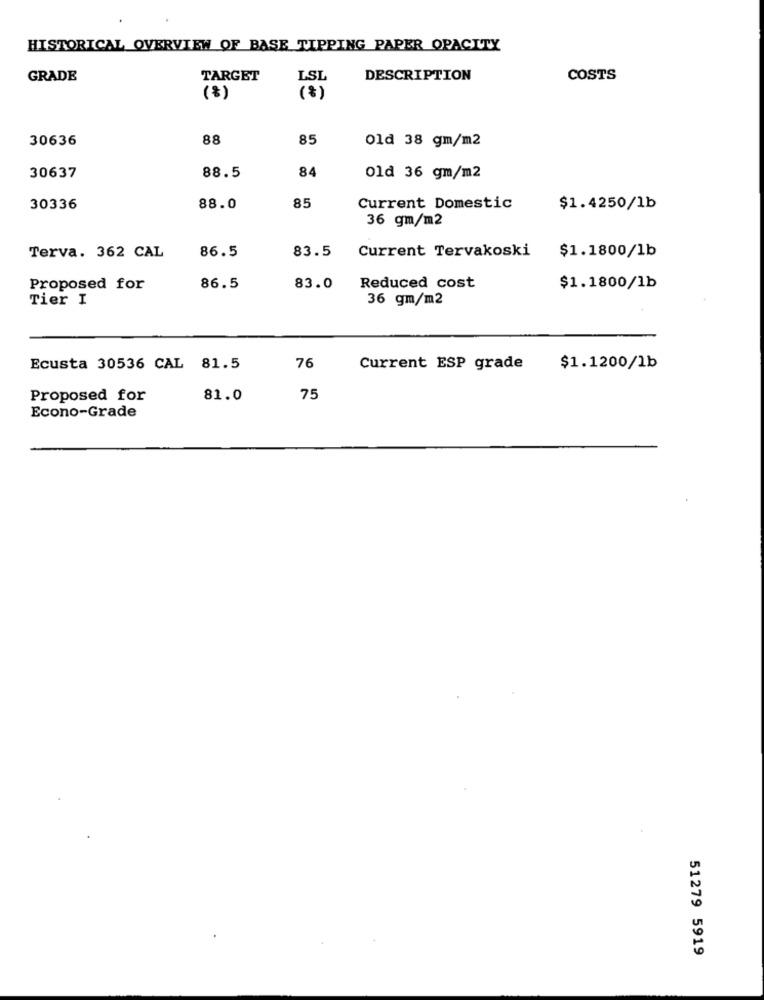
HISTORICAL OVERVIEW OF BASE TIPPING PAPER OPACITY
GRADE
TARGET
LSL
DESCRIPTION
COSTS
(8)
(%)
30636
88
85
Old 38 gm/m2
84
30637
88.5
Old 36 gm/m2
30336
88.0
85
Current Domestic
$1.4250/1b
36 gm/m2
86.5
83.5
Current Tervakoski
Terva. 362 CAL
$1.1800/1b
Proposed for
86.5
83.0
Reduced cost
$1.1800/1b
Tier I
36 gm/m2
Ecusta 30536 CAL 81.5
76
Current ESP grade
$1.1200/1b
Proposed for
81.0
75
Econo-Grade
51279 5919